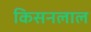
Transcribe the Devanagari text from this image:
किसनलाल